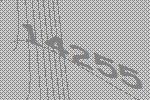
14255